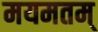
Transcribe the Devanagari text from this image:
मयमतम्